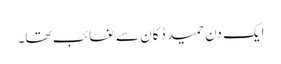
ایک دن حمید دُکان سے غائب تھا۔